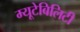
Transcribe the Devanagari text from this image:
म्यूटेबिलिटी